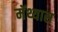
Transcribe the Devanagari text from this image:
मॅथ्यास